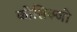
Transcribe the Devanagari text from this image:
कोसिक्जो